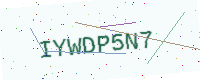
Text: IYWDP5N7